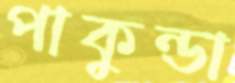
পাকুন্ডা